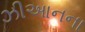
ઝીઆનના